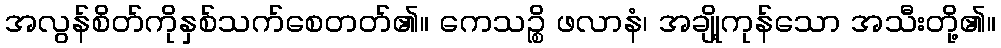
အလွန်စိတ်ကိုနှစ်သက်စေတတ်၏။ ကေသဉ္စိ ဖလာနံ၊ အချို့ကုန်သော အသီးတို့၏။